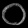
Digit: ၀